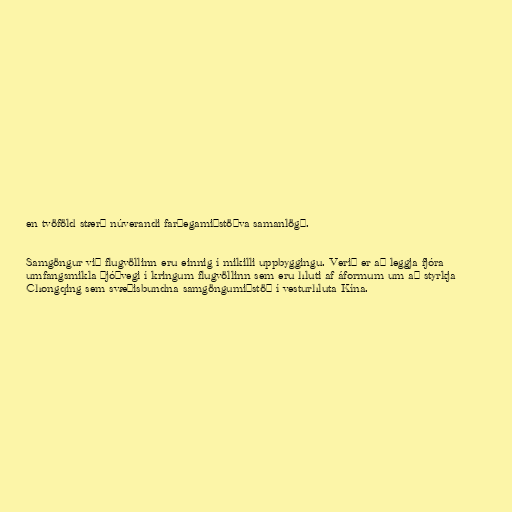
en tvöföld stærð núverandi farþegamiðstöðva samanlögð.

Samgöngur við flugvöllinn eru einnig í mikilli uppbyggingu. Verið er að leggja fjóra
umfangsmikla þjóðvegi í kringum flugvöllinn sem eru hluti af áformum um að styrkja
Chongqing sem svæðisbundna samgöngumiðstöð í vesturhluta Kína.